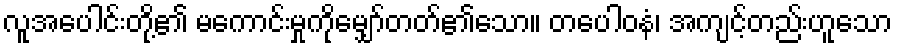
လူအပေါင်းတို့၏ မကောင်းမှုကိုမျှော်တတ်၏သော။ တပေါဝနံ၊ အကျင့်တည်းဟူသော